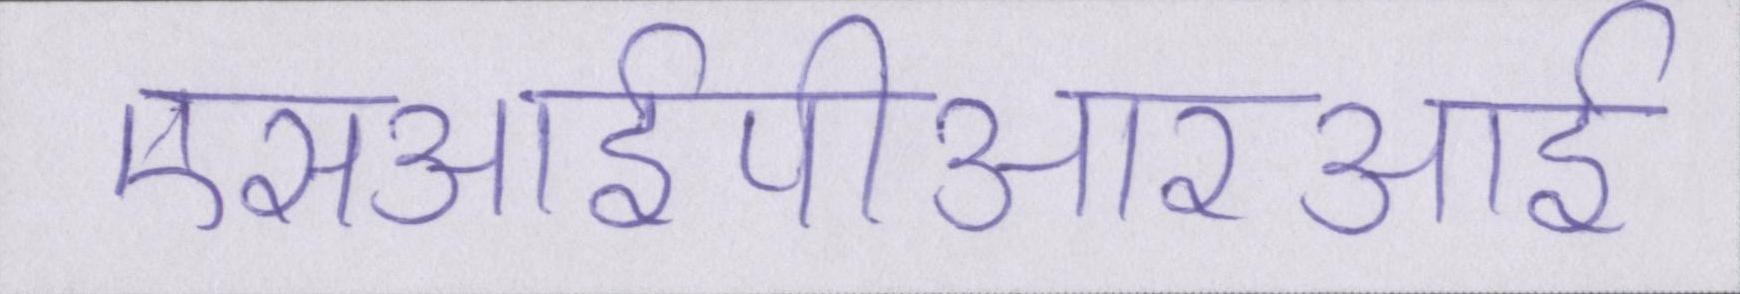
एसआईपीआरआई